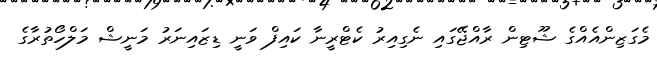
މެގަޒިންއެއްގެ ޝޫޓިން ރާއްޖޭގައި ނެގިއިރު ކެޓްރީނާ ކައިފް ވަނީ ޑިޒައިނަރު މަނީޝް މަލްހޯތުރާގެ